Lunatic asylums Punjab 1911-1921 - 1911-1921
Year: 1911
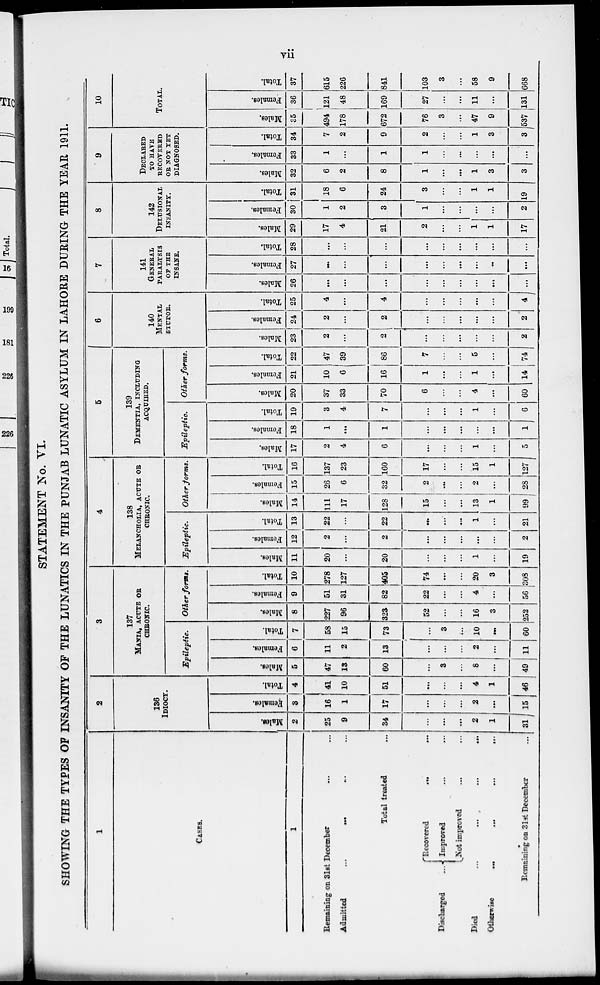
vii
STATEMENT No. VI.
SHOWING THE TYPES OF INSANITY OF THE LUNATICS IN THE PUNJAB LUNATIC ASYLUM IN LAHORE DURING THE YEAR 1911.
1
CASES.
1
Remaining on 31st December ... ...
Admitted
...
...
...
...
Total treated ...
Discharged ...
Recovered ... ...
Improved
...
...
Not improved ... ...
Died
...
...
...
...
Otherwise
...
...
...
...
Remaining on 31st December ...
2
136
IDIOCY.
Males.
2
25
9
34
...
...
...
2
1
31
Females.
3
16
1
17
...
...
...
2
...
15
Total.
4
41
10
51
...
...
...
4
1
46
3
137
MANIA, ACUTE OR
CHRONIC.
Epileptic.
Males.
5
47
13
60
...
3
...
8
...
49
Females.
6
11
2
13
...
...
...
2
...
11
Total.
7
58
15
73
...
3
...
10
...
60
Other forms.
Males.
8
227
96
323
52
...
...
16
3
252
Females.
9
51
31
82
22
...
...
4
...
56
Total.
10
278
127
405
74
...
...
20
3
308
4
138
MELANCHOLIA, ACUTE OR
CHRONIC.
Epileptic.
Males.
11
20
...
20
...
...
...
1
...
19
Females.
12
2
...
2
...
...
...
...
...
2
Total.
13
22
...
22
...
...
...
1
...
21
Other forms
Males.
14
111
17
128
15
...
...
13
1
99
Females.
15
26
6
32
2
...
...
2
...
28
Total.
16
137
23
160
17
...
...
15
1
127
5
139
DEMENTIA, INCLUDING
ACQUIRED.
Epileptic.
Males.
17
2
4
6
...
...
...
1
...
5
Females.
18
1
...
1
...
...
...
...
...
1
Total.
19
3
4
7
...
...
...
1
...
6
Other forms.
Males.
20
37
33
70
6
...
...
4
...
60
Females.
21
10
6
16
1
...
...
1
...
14
Total.
22
47
39
86
7
...
...
5
...
74
6
140
MENTAL
STUPOR.
Males.
23
2
...
2
...
...
...
...
...
2
Females.
24
2
...
2
...
...
...
...
...
2
Total.
25
4
...
4
...
...
...
...
...
4
7
141
GENERAL
PARALYSIS
OF THE
INSANE.
Males.
26
...
...
...
...
...
...
...
...
...
Females.
27
...
...
...
...
...
...
...
...
...
Total.
28
...
...
...
...
...
...
...
...
...
8
142
DELUSIONAL
INSANITY.
Males.
29
17
4
21
2
...
...
1
1
17
Females.
30
1
2
3
1
...
...
...
...
2
Total.
31
18
6
24
3
...
...
1
1
19
9
DECLARED
TO HAVE
RECOVERED
OR NOT YET
DIAGNOSED.
Males.
32
6
2
8
1
...
...
1
3
3
Females.
33
1
...
1
1
...
...
...
...
...
Total.
34
7
2
9
2
...
...
1
3
3
10
TOTAL.
Males.
35
494
178
672
76
3
...
47
9
537
Females.
36
121
48
169
27
...
...
11
...
131
Total.
37
615
226
841
103
3
...
58
9
668